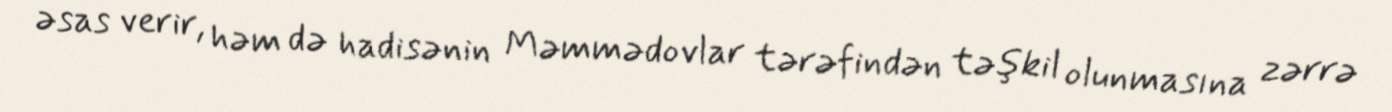
əsas verir, həm də hadisənin Məmmədovlar tərəfindən təşkil olunmasına zərrə